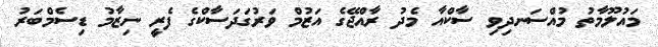
މައުލޫމާތު މުއްސަނދިވި ސާކްއާ މެދު ރާއްޖޭގެ އަޒުމް ވަރުގަދަސާކްގެ ފެރީ ނިޒާމު ޑިސެމްބަރު